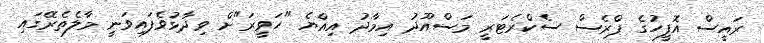
ރައީސް އޮފީހުގެ ޕްރެސް ސެކްރެޓަރީ މަސްއޫދު އިމާދު އިއްޔެ "ހަވީރަ"ށް ވިދާޅުވެފައިވަނީ މާލެތެރޭގައި